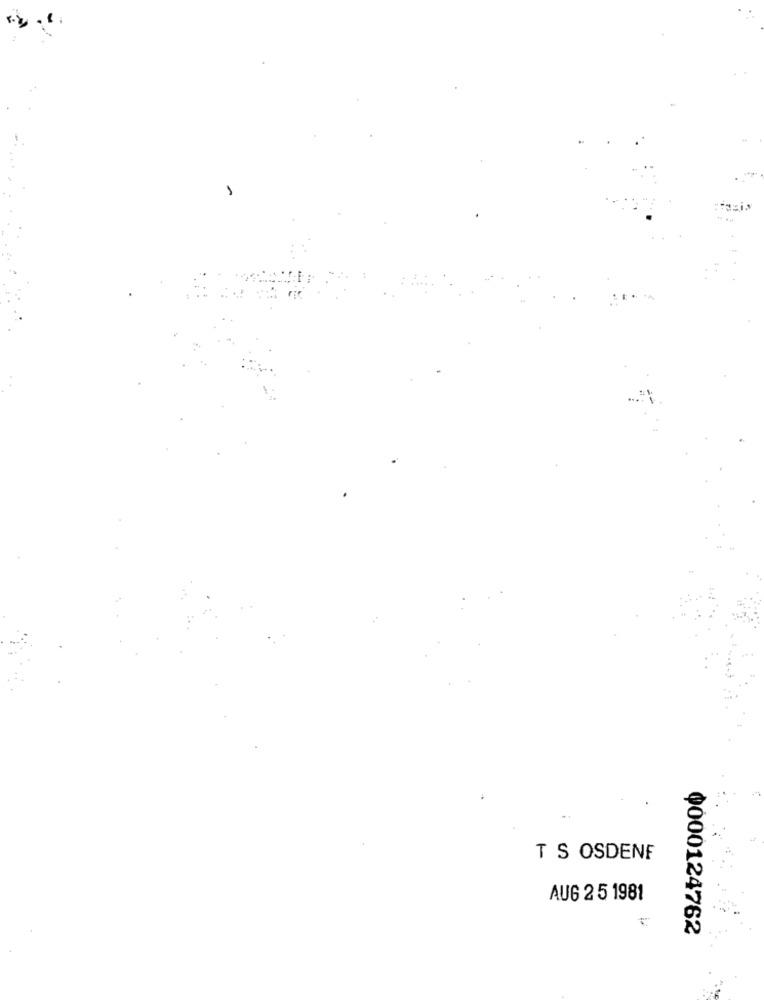
T S OSDENF
AUG 2 5 1981
0000124762